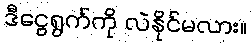
ဒီငွေရွက်ကို လဲနိုင်မလား။